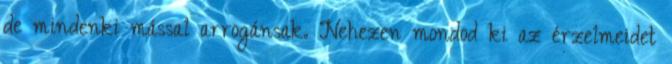
de mindenki mással arrogánsak. Nehezen mondod ki az érzelmeidet